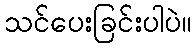
သင်ပေးခြင်းပါပဲ။